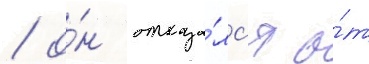
/ о́н отказа́лс'я о́т